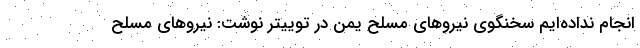
انجام نداده‌ایم سخنگوی نیروهای مسلح یمن در توییتر نوشت: نیروهای مسلح